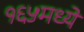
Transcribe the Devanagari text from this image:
१६५मध्ये